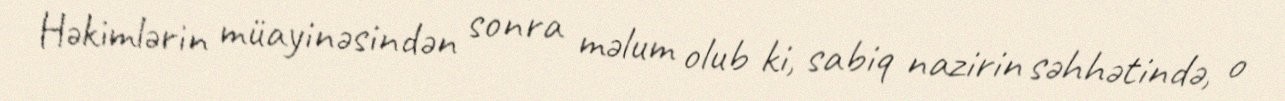
Həkimlərin müayinəsindən sonra məlum olub ki, sabiq nazirin səhhətində, o